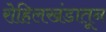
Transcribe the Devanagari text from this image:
रोहिलखंडातून